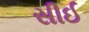
સીઈ